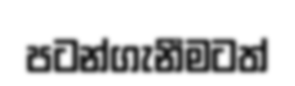
පටන්ගැනීමටත්